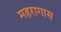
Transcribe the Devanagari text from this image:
महरागास